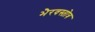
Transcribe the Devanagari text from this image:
भैरवस्तोत्र